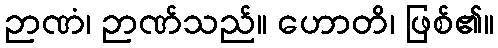
ဉာဏံ၊ ဉာဏ်သည်။ ဟောတိ၊ ဖြစ်၏။